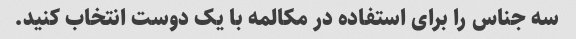
سه جناس را برای استفاده در مکالمه با یک دوست انتخاب کنید.